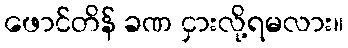
ဖောင်တိန် ခဏ ငှားလို့ရမလား။